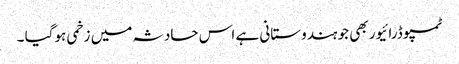
ٹمپو ڈرائیور بھی جو ہندوستانی ہے اس حادثہ میں زخمی ہوگیا ۔